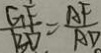
\frac { G F } { B D } = \frac { A F } { A D }